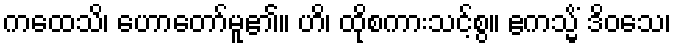
ကထေသိ၊ ဟောတော်မူ၏။ ဟိ၊ ထိုစကားသင့်စွ။ ဧကသ္မိံ ဒိဝသေ၊